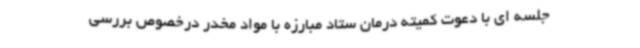
جلسه ای با دعوت کمیته درمان ستاد مبارزه با مواد مخدر درخصوص بررسی